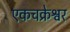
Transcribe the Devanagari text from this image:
एकचक्रेश्वर